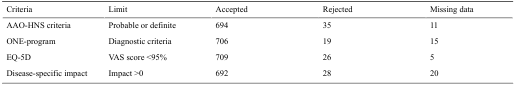
| Criteria | Limit | Accepted | Rejected | Missing data |
 | --- | --- | --- | --- | --- |
 | AAO-HNS criteria | Probable or definite | 694 | 35 | 11 |
 | ONE-program | Diagnostic criteria | 706 | 19 | 15 |
 | EQ-5D | VAS score <95% | 709 | 26 | 5 |
 | Disease-specific impact | Impact >0 | 692 | 28 | 20 |